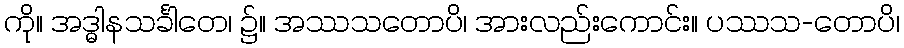
ကို။ အဒ္ဓါနသင်္ခါတေ၊ ၌။ အဿသတောပိ၊ အားလည်းကောင်း။ ပဿသ-တောပိ၊